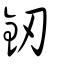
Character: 釼